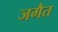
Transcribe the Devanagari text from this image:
जगैत